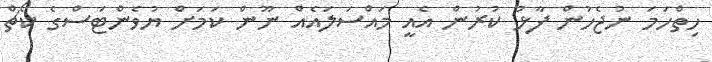
ހިތްހަމަ ނުޖެހުން ފާޅު ކުރުން އެއީ މައްސަލައެއް ނޫން ކަމަށް ޔުވެންޓަސްގެ ކޯޗް